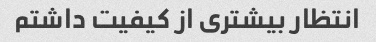
انتظار بیشتری از کیفیت داشتم